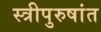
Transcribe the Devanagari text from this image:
स्त्रीपुरुषांत